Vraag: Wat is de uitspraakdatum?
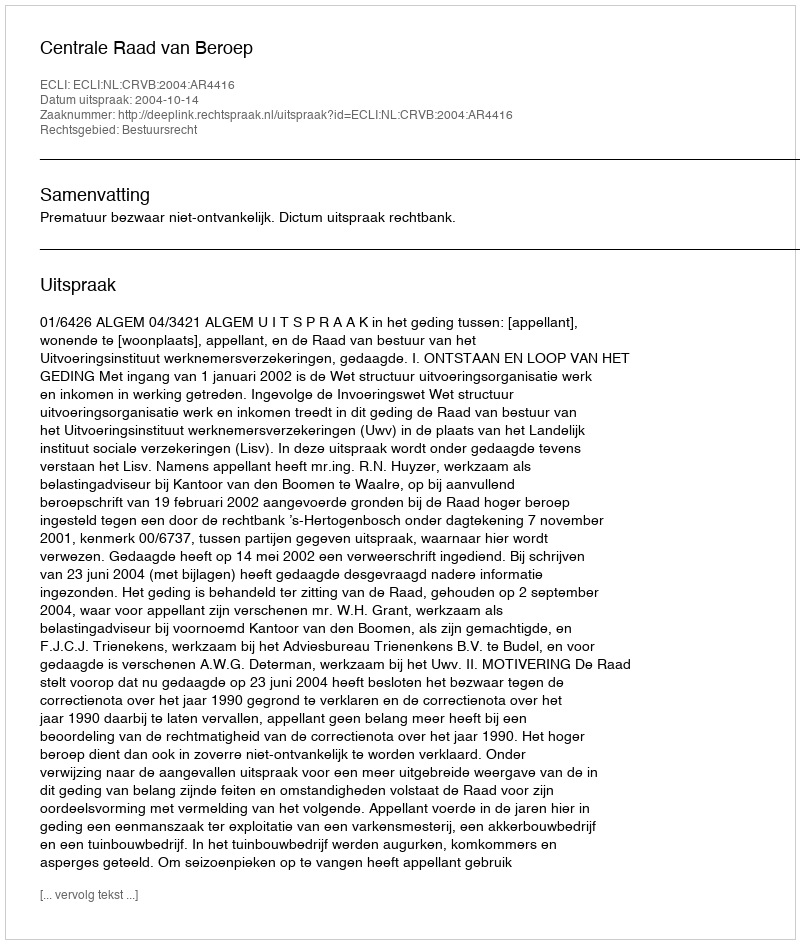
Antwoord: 2004-10-14